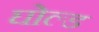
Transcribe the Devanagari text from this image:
घोल्ड